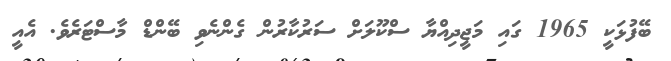
ބޭފުޅަކީ 1965 ގައި މަޖީދިއްޔާ ސްކޫލަށް ސަރުކާރުން ގެންނެވި ބޭންޑް މާސްޓަރެވެ. އެއީ